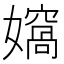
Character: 𭒨